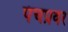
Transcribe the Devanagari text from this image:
पंचप्रवर